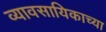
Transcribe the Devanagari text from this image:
व्यावसायिकाच्या